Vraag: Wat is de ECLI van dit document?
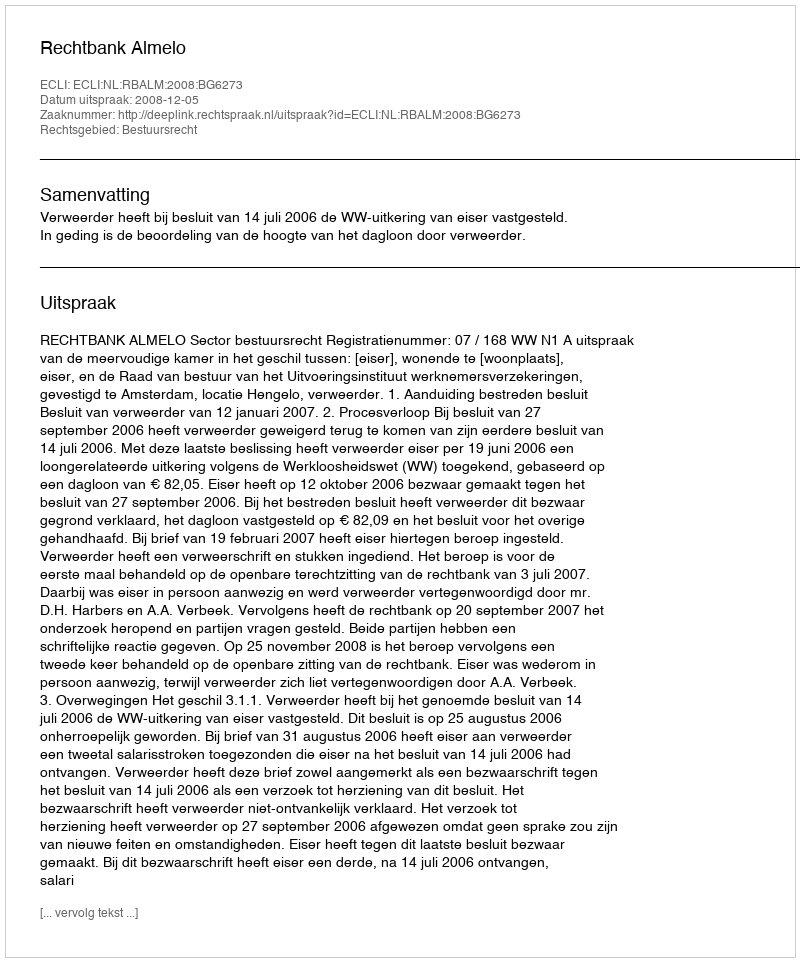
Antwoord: ECLI:NL:RBALM:2008:BG6273